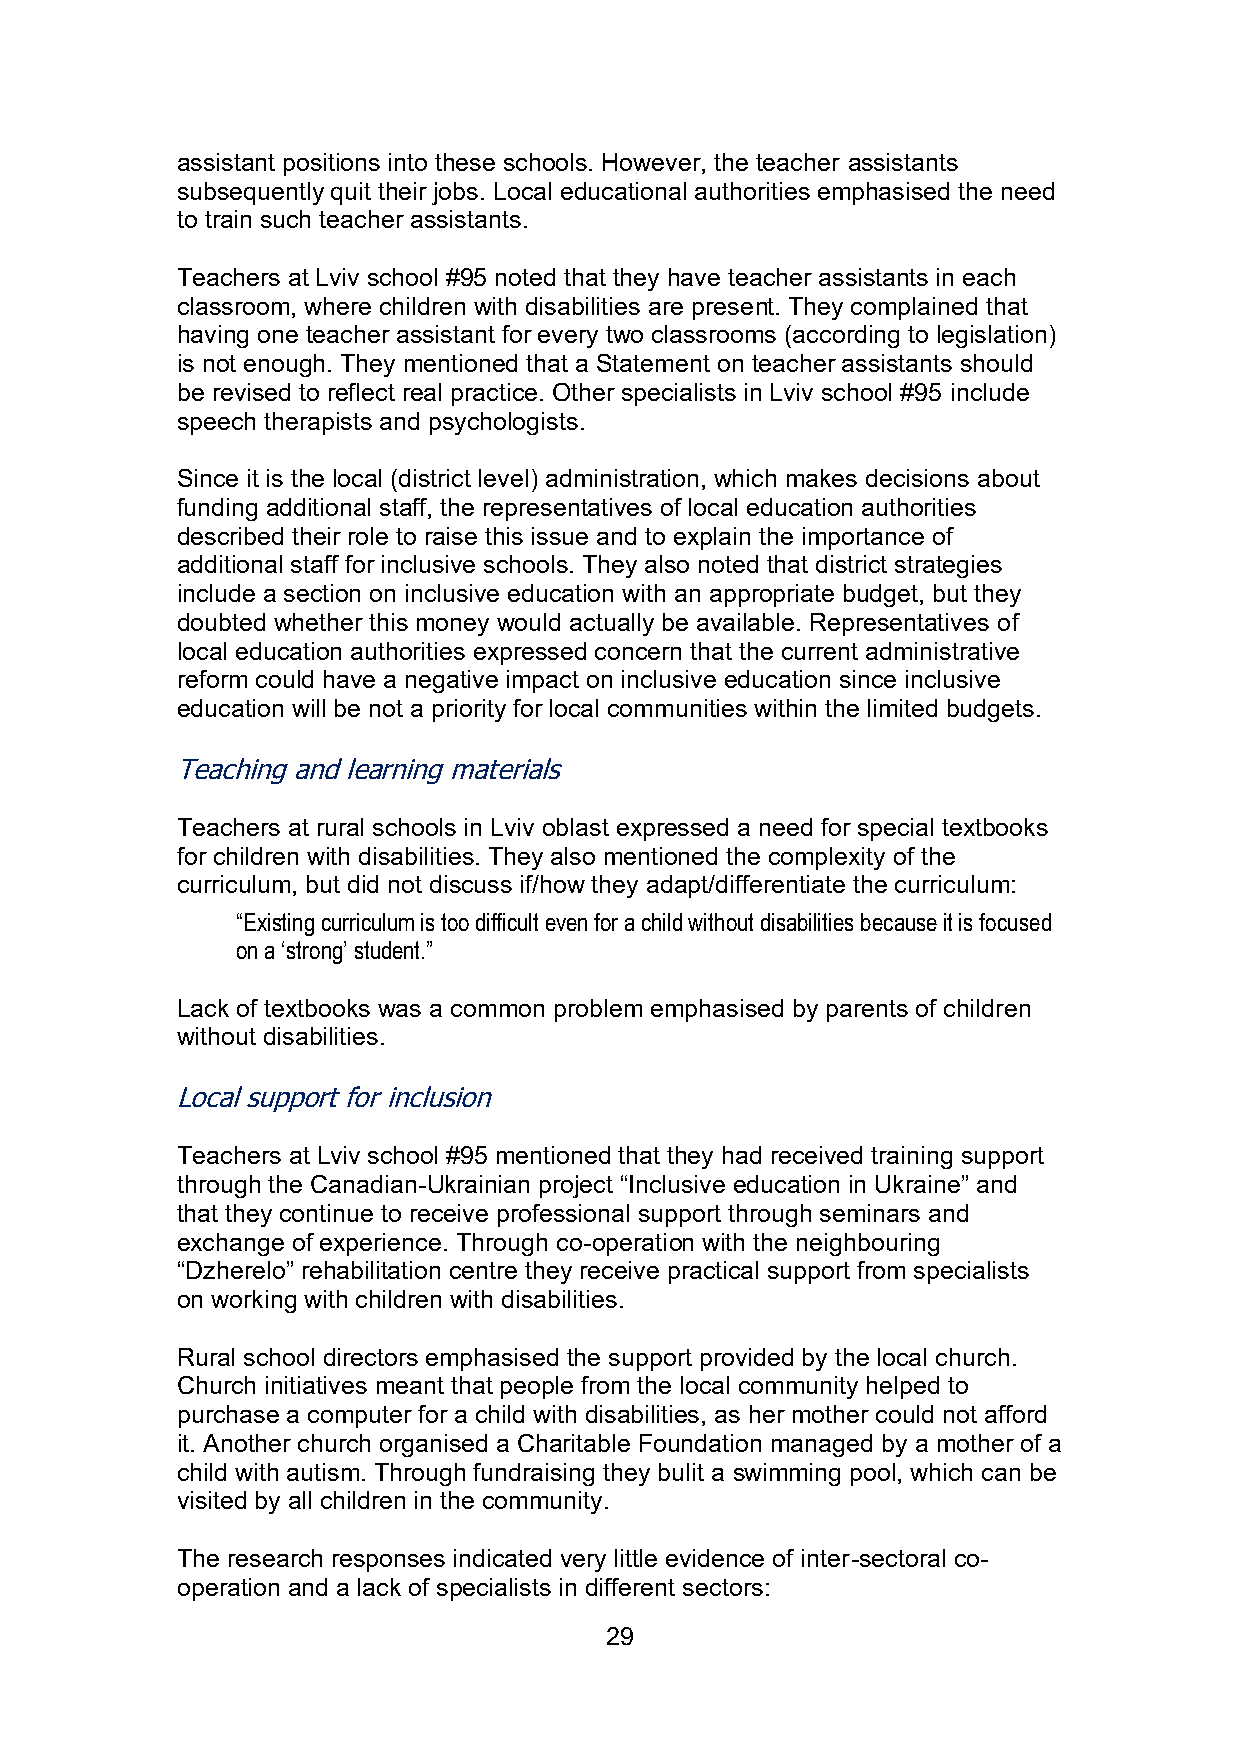
assistant positions into these schools. However, the teacher assistants
 subsequently quit their jobs. Local educational authorities emphasised the need
 to train such teacher assistants.
 Teachers at Lviv school #95 noted that they have teacher assistants in each
 classroom, where children with disabilities are present. They complained that
 having one teacher assistant for every two classrooms (according to legislation)
 is not enough. They mentioned that a Statement on teacher assistants should
 be revised to reflect real practice. Other specialists in Lviv school #95 include
 speech therapists and psychologists.
 Since it is the local (district level) administration, which makes decisions about
 funding additional staff, the representatives of local education authorities
 described their role to raise this issue and to explain the importance of
 additional staff for inclusive schools. They also noted that district strategies
 include a section on inclusive education with an appropriate budget, but they
 doubted whether this money would actually be available. Representatives of
 local education authorities expressed concern that the current administrative
 reform could have a negative impact on inclusive education since inclusive
 education will be not a priority for local communities within the limited budgets.
 Teaching and learning materials
 Teachers at rural schools in Lviv oblast expressed a need for special textbooks
 for children with disabilities. They also mentioned the complexity of the
 curriculum, but did not discuss if/how they adapt/differentiate the curriculum:
 “Existing curriculum is too difficult even for a child without disabilities because it is focused
 on a ‘strong’ student.”
 Lack of textbooks was a common problem emphasised by parents of children
 without disabilities.
 Local support for inclusion
 Teachers at Lviv school #95 mentioned that they had received training support
 through the Canadian-Ukrainian project “Inclusive education in Ukraine” and
 that they continue to receive professional support through seminars and
 exchange of experience. Through co-operation with the neighbouring
 “Dzherelo” rehabilitation centre they receive practical support from specialists
 on working with children with disabilities.
 Rural school directors emphasised the support provided by the local church.
 Church initiatives meant that people from the local community helped to
 purchase a computer for a child with disabilities, as her mother could not afford
 it. Another church organised a Charitable Foundation managed by a mother of a
 child with autism. Through fundraising they bulit a swimming pool, which can be
 visited by all children in the community.
 The research responses indicated very little evidence of inter-sectoral co-
 operation and a lack of specialists in different sectors:
 29